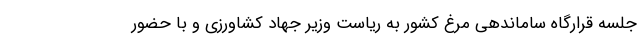
جلسه قرارگاه ساماندهی مرغ کشور به ریاست وزیر جهاد کشاورزی و با حضور